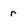
Character: r